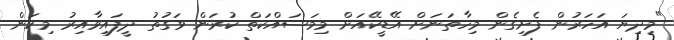
"މިދިޔަ އަހަރުން ފެށިގެން މިހާތަނަށް އޭޑީކޭއަށް މިމަސައްކަތް ކުރަން ވަގުތު ދީފައިވާއިރު މިކަން